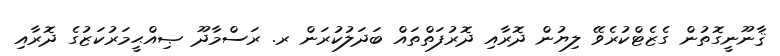
ޤާނޫނީގޮތުން ގެޒެޓްކުރެވޭ ލިޔުން ދޮރާއި ދޮރުފަތްތައް ބަދަލުކުރަން ރ. ރަސްމާދޫ ޞިއްޙީމަރުކަޒުގެ ދޮރާއި